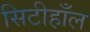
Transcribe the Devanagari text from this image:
सिटीहाँल